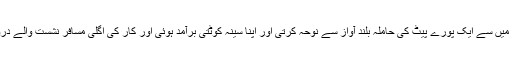
پچھلا دروازہ کھلا اس میں سے ایک پورے پیٹ کی حاملہ بلند آواز سے نوحہ کرتی اور اپنا سینہ کوٹتی برآمد ہوئی اور کار کی اگلی مسافر نشست والے دروازے کی جانب لپکی۔